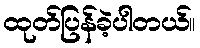
ထုတ်ပြန်ခဲ့ပါတယ်။